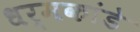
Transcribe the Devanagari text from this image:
धर्मकांडे